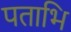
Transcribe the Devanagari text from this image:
पताभि